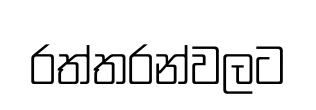
රත්තරන්වලට